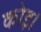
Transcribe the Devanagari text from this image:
कोइ।